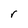
Character: r